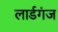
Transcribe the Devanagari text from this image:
लार्डगंज